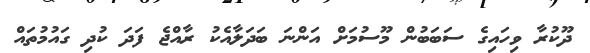
ދޫކުރާ ވިހައިގެ ސަބަބުން މޫސުމަށް އަންނަ ބަދަލާއެކު ރާއްޖެ ފަދަ ކުދި ގައުުމުތައް